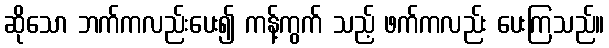
ဆိုသော ဘက်ကလည်းပေး၍ ကန့်ကွက် သည့် ဖက်ကလည်း ပေးကြသည်။